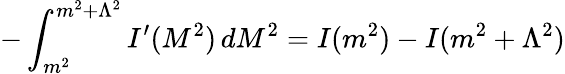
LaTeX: -\int_{m^{2}}^{m^{2}+\Lambda^{2}}I^{\prime}(M^{2})\, dM^{2}=I(m^{2})-I(m^{2}+\Lambda^{2})